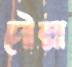
দৌল্লা